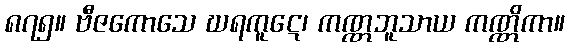
၈၇၅။ ဗီဇကောသေ ဃရကူဋေ၊ ကဏ္ဏဘူသာယ ကဏ္ဏိကာ။